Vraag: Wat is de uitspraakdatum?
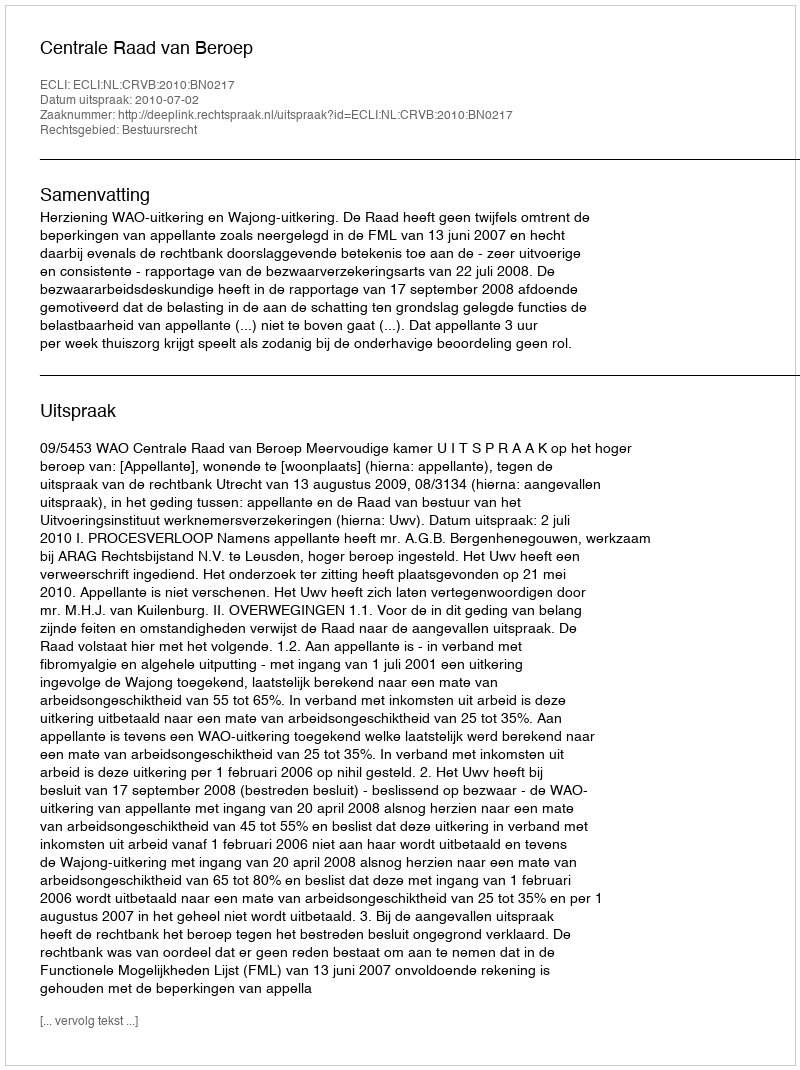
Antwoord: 2010-07-02